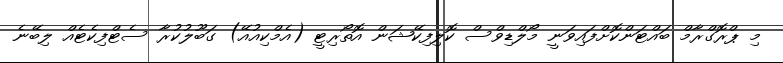
މި ޕްރޮގްރާމް ބައްޓަންކޮށްފައިވަނީ މޯލްޑިވްސް ކޮލިފިކޭޝަން އޮތޯރިޓީ (އެމްކިއުއޭ) ގަބޫލުކުރާ ސެޓްފިކެޓެއް ލިބޭނެ